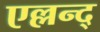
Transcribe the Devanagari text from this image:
एल्लन्द्